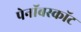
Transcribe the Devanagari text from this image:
पेनॉबस्कॉट